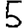
Digit: 5